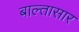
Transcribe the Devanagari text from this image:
बाल्तासार